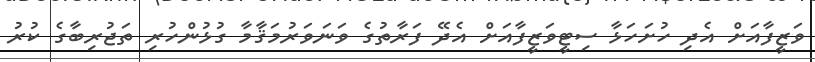
ވަޒީފާއަށް އެދި ހުށަހަޅާ ސިޓީވަޒީފާއަށް އެދޭ ފަރާތުގެ ވަނަވަރުމަޤާމާ ގުޅުންހުރި ތަޖުރިބާގެ ކުރު